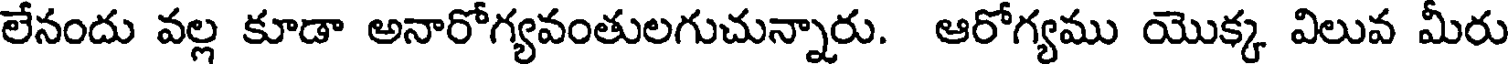
లేనందు వల్ల కూడా అనారోగ్యవంతులగుచున్నారు. ఆరోగ్యము యొక్క విలువ మీరు